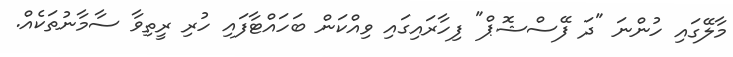
މާލޭގައި ހުންނަ "ދަ ފޭސްޝޮޕް" ފިހާރައިގައި ވިއްކަން ބަހައްޓާފައި ހުރި ރީތިވާ ސާމާނުތަކެއް.